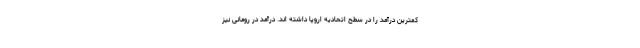
کمترین درآمد را در سطح اتحادیه اروپا داشته اند. درآمد در رومانی نیز